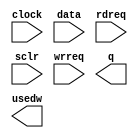
module in_out_fifo (
	clock,
	data,
	rdreq,
	sclr,
	wrreq,
	q,
	usedw);

	input	  clock;
	input	[7:0]  data;
	input	  rdreq;
	input	  sclr;
	input	  wrreq;
	output	[7:0]  q;
	output	[7:0]  usedw;

endmodule